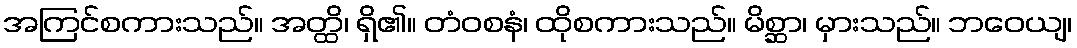
အကြင်စကားသည်။ အတ္ထိ၊ ရှိ၏။ တံဝစနံ၊ ထိုစကားသည်။ မိစ္ဆာ၊ မှားသည်။ ဘဝေယျ၊